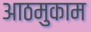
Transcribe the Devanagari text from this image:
आठमुकाम